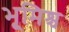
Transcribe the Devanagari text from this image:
भूमिश्च